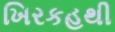
ખિરકહથી